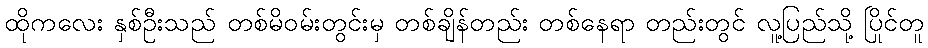
ထိုကလေး နှစ်ဦးသည် တစ်မိဝမ်းတွင်းမှ တစ်ချိန်တည်း တစ်နေရာ တည်းတွင် လူ့ပြည်သို့ ပြိုင်တူ